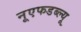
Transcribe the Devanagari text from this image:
नूएफडब्ल्यू